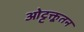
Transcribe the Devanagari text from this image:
ओट्टक्तूतन